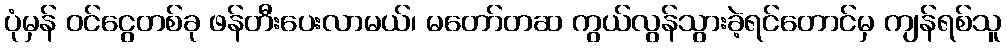
ပုံမှန် ဝင်ငွေတစ်ခု ဖန်တီးပေးလာမယ်၊ မတော်တဆ ကွယ်လွန်သွားခဲ့ရင်တောင်မှ ကျန်ရစ်သူ